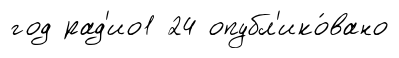
год рад'ио1 24 опубл'ико́вано